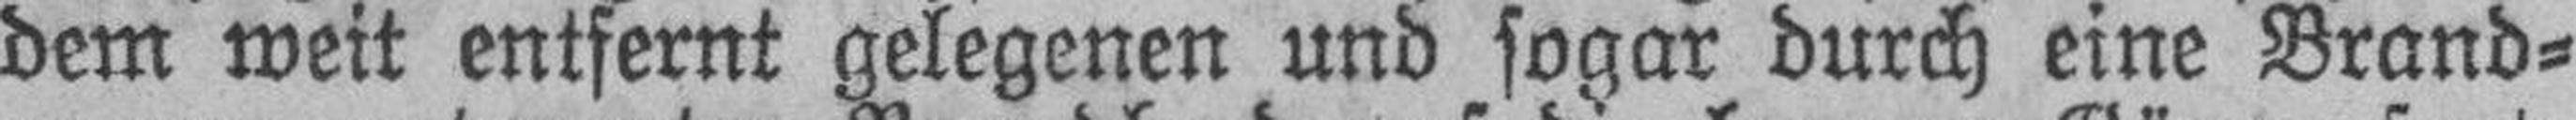
dem weit entfernt gelegenen und sogar durch eine Brand¬